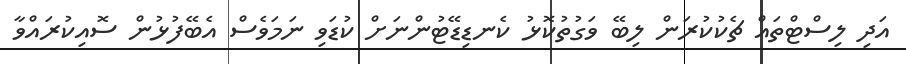
އަދި ލިސްޓްތައް ޗެކުކުރަން ލިބޭ ވަގުތުކޮޅު ކެނޑިޑޭޓުންނަށް ކުޑަވި ނަމަވެސް އެބޭފުޅުން ސޮއިކުރައްވާ